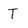
Character: T